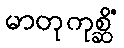
မာတုကုစ္ဆိံ